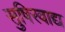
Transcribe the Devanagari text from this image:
सुषिरवाद्य